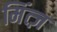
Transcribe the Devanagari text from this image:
मिंत्ज़